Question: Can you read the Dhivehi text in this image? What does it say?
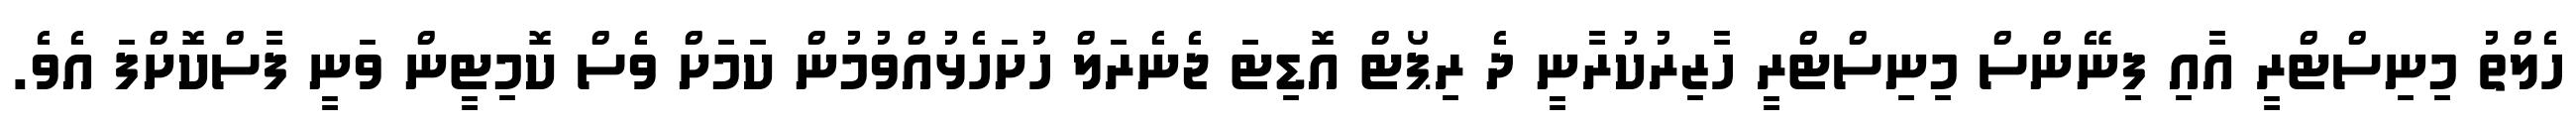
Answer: ހެލްތު މިނިސްޓްރީ އާއި ފިނޭންސް މިނިސްޓްރީ ހާޒިރުކުރާނީ ދެ ރިޕޯޓް އޮޑިޓަ ޖެނެރަލް ހުށަހެޅުއްވުމުން ކަމަށް ވެސް ކޮމިޓީން ވަނީ ފާސްކޮށްފަ އެވެ.